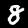
Label: 8